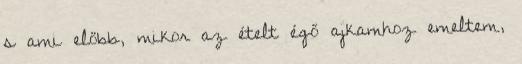
s ami előbb, mikor az ételt égő ajkamhoz emeltem,